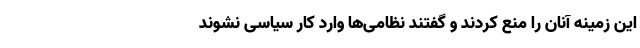
این زمینه آنان را منع کردند و گفتند نظامی‌ها وارد کار سیاسی نشوند